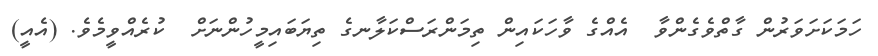
ހަމަކަށަވަރުން ގާތްވެގެންވާ  އެއްގެ ވާހަކައިން ތިމަންރަސްކަލާނގެ ތިޔަބައިމީހުންނަށް  ކުރެއްވީމެވެ. (އެއީ)